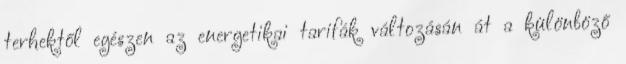
terhektől egészen az energetikai tarifák változásán át a különböző